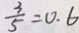
\frac { 3 } { 5 } = 0 . 6